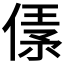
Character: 𠋾